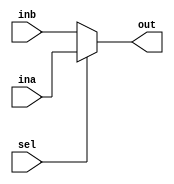
module mux2_1(input [31:0] ina, inb, input sel, output [31:0] out);

assign out = (sel) ? ina:inb;

endmodule